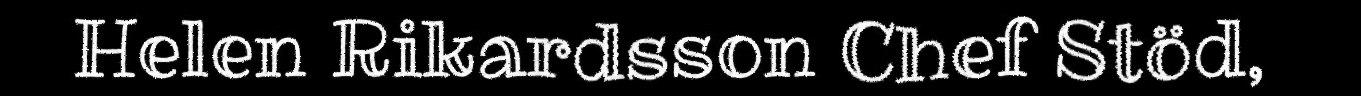
Helen Rikardsson Chef Stöd,